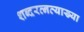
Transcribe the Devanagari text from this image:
शब्दरत्नव्याख्या